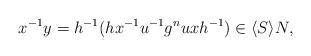
LaTeX: \begin{align*}x^{-1}y=h^{-1}(hx^{-1}u^{-1}g^nuxh^{-1})\in \langle S\rangle N,\end{align*}